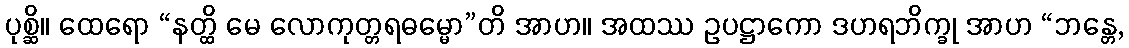
ပုစ္ဆိ။ ထေရော “နတ္ထိ မေ လောကုတ္တရဓမ္မော”တိ အာဟ။ အထဿ ဥပဋ္ဌာကော ဒဟရဘိက္ခု အာဟ “ဘန္တေ,